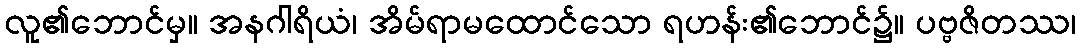
လူ၏ဘောင်မှ။ အနဂါရိယံ၊ အိမ်ရာမထောင်သော ရဟန်း၏ဘောင်၌။ ပဗ္ဗဇိတဿ၊